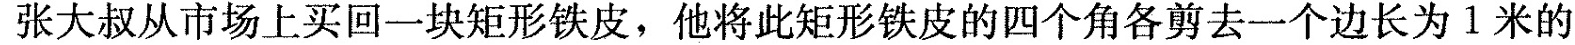
张大叔从市场上买回一块矩形铁皮，他将此矩形铁皮的四个角各剪去一个边长为1米的